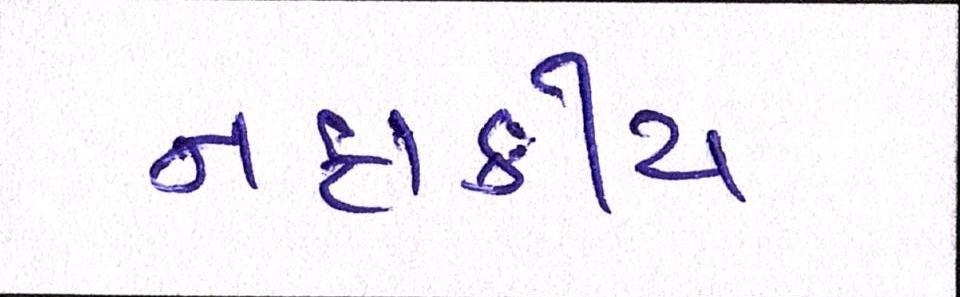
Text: નફાકીય